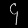
Digit: ၄